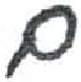
אות: ם